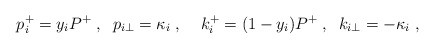
\begin{align*}p_i^+=y_i P^+ \;,\;\;p_{i\perp}=\kappa_i \;,\;\;\;\;k_i^+=(1-y_i)P^+\;,\;\;k_{i\perp}=-\kappa_i \;,\end{align*}